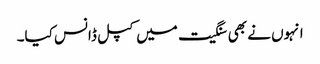
انہوں نے بھی سنگیت میں کپل ڈانس کیا۔